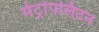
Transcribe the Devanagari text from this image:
मेट्रोपलिटन